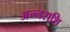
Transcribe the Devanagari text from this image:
अन्नराशि